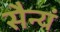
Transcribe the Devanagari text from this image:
सैन्यं